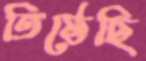
তিষ্ঠেছি